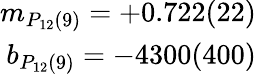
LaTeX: \begin{array}{r}{m_{P_{12}(9)}=+0.722(22)}\\ {b_{P_{12}(9)}=-4300(400)}\end{array}